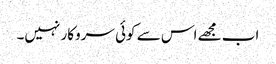
اب مجھے اس سے کوئی سروکار نہیں۔